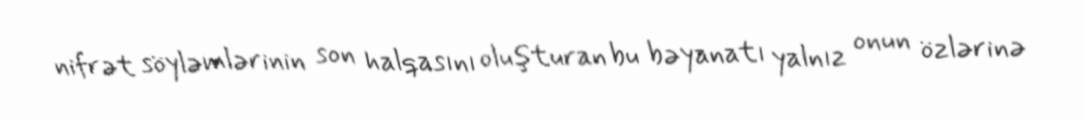
nifrət söyləmlərinin son halqasını oluşturan bu bəyanatı yalnız onun özlərinə